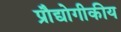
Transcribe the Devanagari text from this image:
प्रौद्योगीकीय